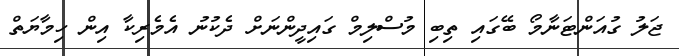
ޖަލު ގުއަންޓަނާމޯ ބޭގައި ތިބި މުސްލިމް ގައިދީންނަށް ދެކުނު އެމެރިކާ އިން ހިމާޔަތް